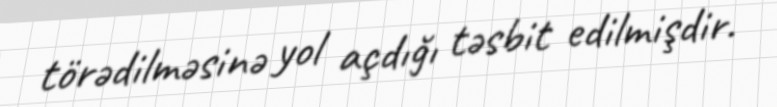
törədilməsinə yol açdığı təsbit edilmişdir.